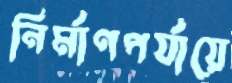
নির্মাণপর্যায়ে